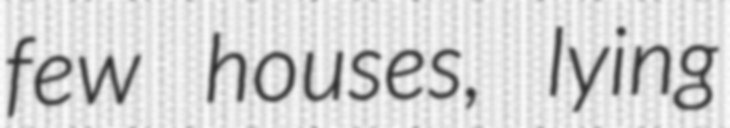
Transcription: few houses, lying